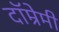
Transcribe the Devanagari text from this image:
दॉम्रेमी